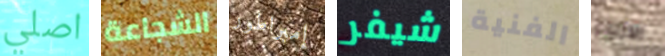
اصلي الشجاعة إمبراطور شيفر الفنية الازياء